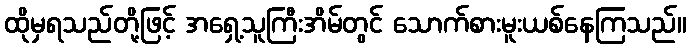
ထိုမှရသည်တို့ဖြင့် အရှေ့သူကြီးအိမ်တွင် သောက်စားမူးယစ်နေကြသည်။